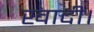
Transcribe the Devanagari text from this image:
खादी।